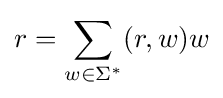
r=\sum _{w\in \Sigma ^{*}}(r,w)w